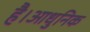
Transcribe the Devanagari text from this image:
है।आधुनिक